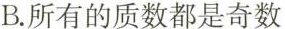
B.所有的质数都是奇数